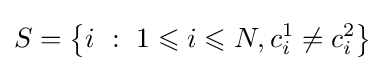
S=\left\{i\ :\ 1\leqslant i\leqslant N,c_{i}^{1}\neq c_{i}^{2}\right\}